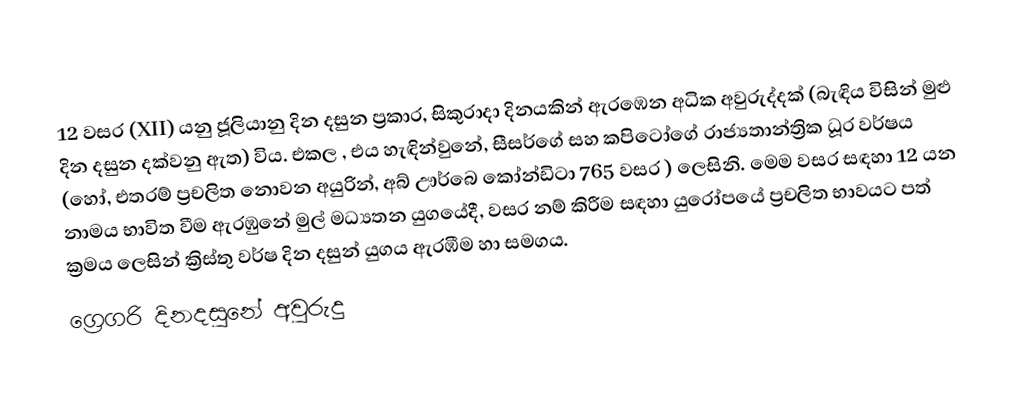

12 වසර (XII) යනු ජූලියානු දින දසුන ප්‍රකාර,   සිකුරාදා දිනයකින් ඇරඹෙන අධික අවුරුද්දක් (බැඳිය විසින් මුළු දින දසුන දක්වනු ඇත) විය. එකල ,  එය හැඳින්වුනේ, සීසර්ගේ සහ  කපිටෝගේ රාජ්‍යතාන්ත්‍රික  ධූර වර්ෂය (හෝ, එතරම් ප්‍රචලිත නොවන අයුරින්,  අබ් ඌර්බෙ කෝන්ඩිටා 765 වසර  ) ලෙසිනි. මෙම වසර සඳහා 12 යන නාමය භාවිත වීම ඇරඹුනේ මුල් මධ්‍යතන යුගයේදී, වසර නම් කිරීම සඳහා යුරෝපයේ ප්‍රචලිත භාවයට පත් ක්‍රමය ලෙසින් ක්‍රිස්තු වර්ෂ දින දසුන් යුගය ඇරඹීම හා සමගය.
ග්‍රෙගරි දිනදසුනේ අවුරුදු